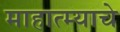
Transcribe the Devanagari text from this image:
माहात्म्याचे